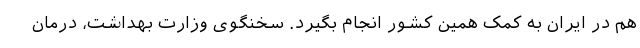
هم در ایران به کمک همین کشور انجام بگیرد. سخنگوی وزارت بهداشت، درمان